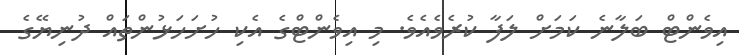
އިވެންޓް ބަލާނެ ކަމަށް ލަފާ ކުރެވެއެވެ. މި އިވެންޓްގެ އެކި ހުށަހަޅުންތައް ދުނިޔޭގެ